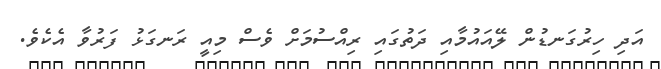
އަދި ހިރުގަނޑުން ލޭއައުމާއި ދަތުގައި ރިއްސުމަށް ވެސް މިއީ ރަނގަޅު ފަރުވާ އެކެވެ.